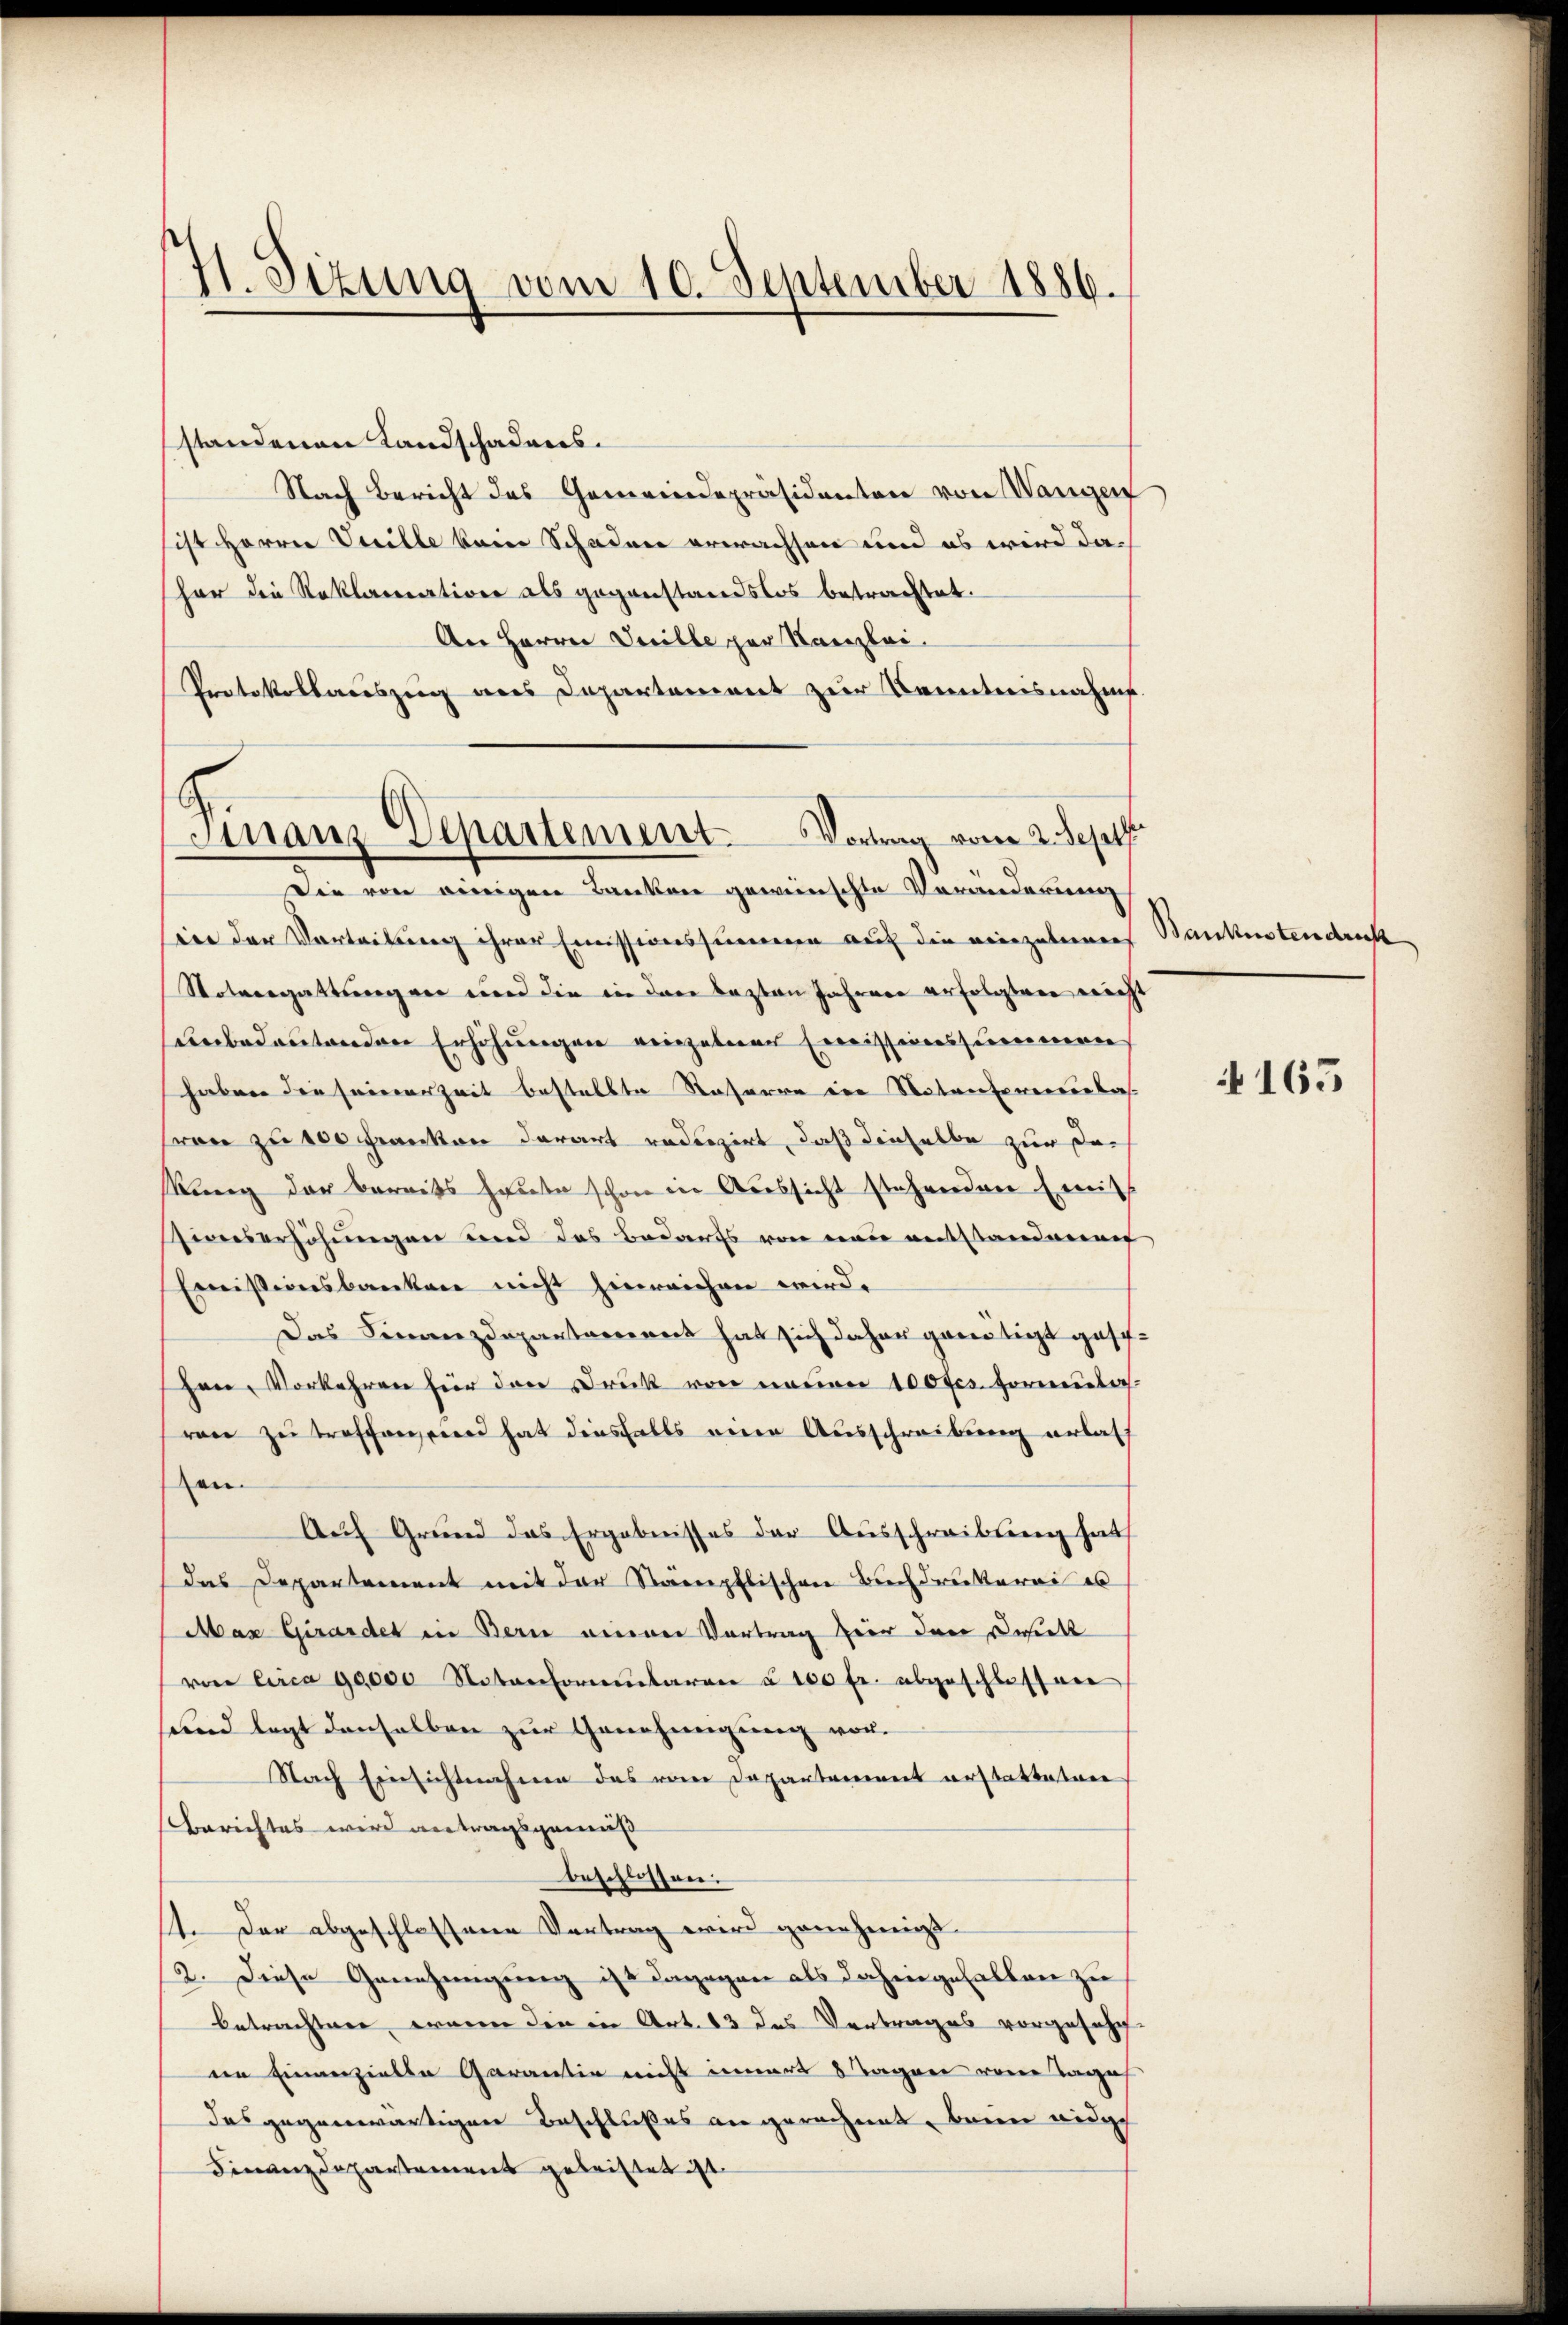
H. Sizung vom 10. September 1886.

standenen Landschadens.
Nach Bericht des Gemeindepräsidenten von Wangen
sist Herrn Ville kein Schaden erwachsen und es wird dahar die Reklamation als gegenstandslos betrachtet.
An Herrn Juille per Kanzlei.
Protokollauszug aus Departement zur Kenntnisnahm.
ire der Verleitung ihrer Emissionssummenen auf die einzuleinen
Notaregattsegger und die in der lezten Jahren erfolgten nicht
unbedeutenden Erhöhungen einzelner Emissionssummen
haben die seinerzeit bestellte Kaserne in Notenfreierlas
(von zu 100 Franken derart reduzirt, daß dieselbe zur Dach
kung der bereits heute schon die Aussicht stehenden (mit
Zieeserhöhungen und das Bedarfs von neu entstandenen
Emissionsbanken nicht hinreichen wird.
Das Finanzdepartarieret hat sich daher gereitigt geschen, Vorkehren für den Druck von neuen 100 frs. Formula
ren zu treffen, sind hat diesfalls eine Ausschreibung erlass
en.
Auf Grund das Ergebnisses der Ausschreibung hat
das Departement mit der Stämpflischen Buchdruckerei es
Max Girardet in Bern anerer Vortrag zur den Dehielt
von Circa 90000 Natonomentaren u. 100 fr. abgeschlossen
sund legt denselben zur Genehmigung vor.
Nach Einsichtnahme des vom Departement erstatteten
Berichtes wird antragsgemäß
beschlossen:
st. Der abgeschlossene Vertrag wird genehmigt.
2. Diese Genehmigung ist dagegen als dahingehalten zu
betrachten, wann die in Art. 13 das Vertrages vorgefahr
en Einanzielle Garantin nicht innert 8 Tagen von Tages
das gegenwärtigen Beschlußes angerechnet, beim eidge
Finanzdepartement geleistet ist.

Finanz-Departement Vortrag vom 2. Sept
Die von einigen Banken gewünschte Veränderung

Baukostendrecht

165